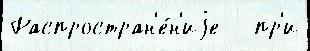
Распростран'е́н'иjе   пр'и